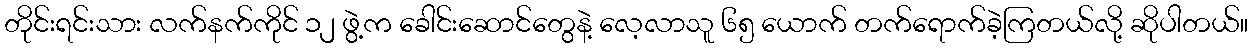
တိုင်းရင်းသား လက်နက်ကိုင် ၁၂ ဖွဲ့က ခေါင်းဆောင်တွေနဲ့ လေ့လာသူ ၆၅ ယောက် တက်ရောက်ခဲ့ကြတယ်လို့ ဆိုပါတယ်။